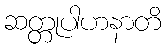
ဆတ္တုပါဟနာတိ